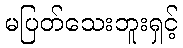
မပြတ်သေးဘူးရှင့်